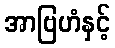
အာဗြဟံနှင့်